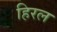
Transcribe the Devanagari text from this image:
हिरल